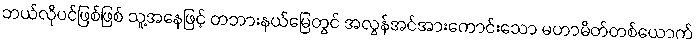
ဘယ်လိုပင်ဖြစ်ဖြစ် သူ့အနေဖြင့် တဘားနယ်မြေတွင် အလွန်အင်အားကောင်းသော မဟာမိတ်တစ်ယောက်